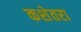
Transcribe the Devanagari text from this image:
कशेतरा